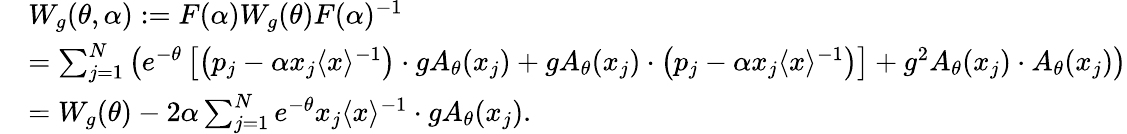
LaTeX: \begin{array}{rl}&{W_{g}(\theta,\alpha):=F(\alpha)W_{g}(\theta)F(\alpha)^{-1}}\\ &{=\sum_{j=1}^{N}\left(e^{-\theta}\left[\left(p_{j}-\alpha x_{j}\langle x\rangle^{-1}\right)\cdot gA_{\theta}(x_{j})+gA_{\theta}(x_{j})\cdot\left(p_{j}-\alpha x_{j}\langle x\rangle^{-1}\right)\right]+g^{2}A_{\theta}(x_{j})\cdot A_{\theta}(x_{j})\right)}\\ &{=W_{g}(\theta)-2\alpha\sum_{j=1}^{N}e^{-\theta}x_{j}\langle x\rangle^{-1}\cdot gA_{\theta}(x_{j}).}\end{array}